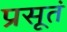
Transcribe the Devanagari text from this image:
प्रसूतं